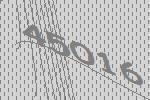
45016